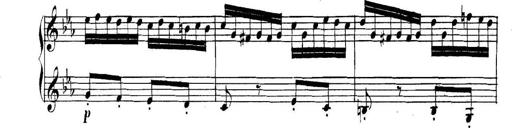
Title: Collected Piano Sonatas
Composer: Muzio Clementi